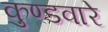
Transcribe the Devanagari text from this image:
कुण्डवारे